Medical and sanitary report of the native army of Bengal for the year
Year: 1877
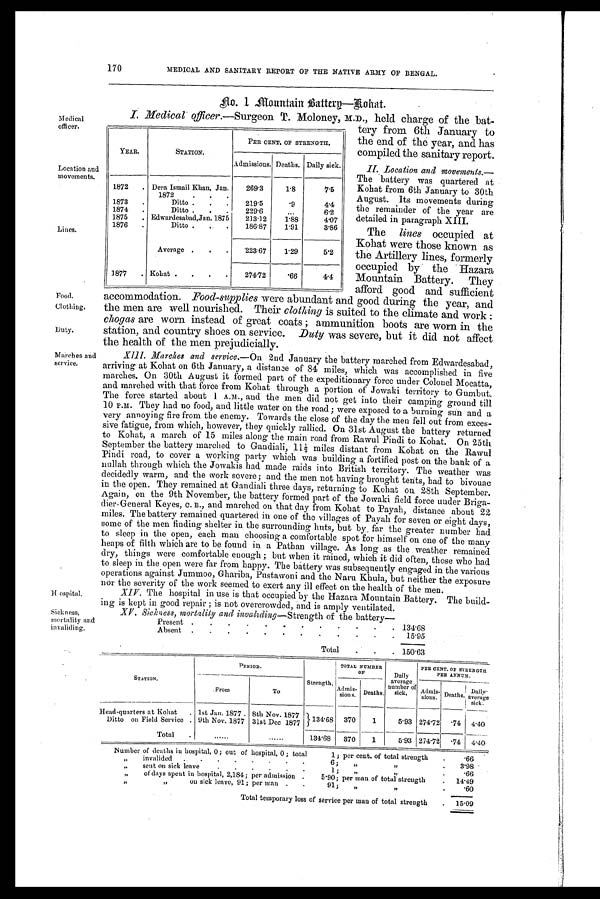
170
MEDICAL AND SANITARY REPORT OF THE NATIVE ARMY OF BENGAL.
Medical
officer.
Location and
movements.
Lines.
Food.
Clothing.
Duty.
March es and
service.
Hospital.
Sickness,
mortality am
No. 1 Mountain Battery—Kohat.
I. Medical officer. —Surgeon T. Moloney, M.D., held charge of the ba
ttery from 6th January to
the end of the year, and has
compiled the sanitary report.
II. Location and movements.—
The battery was quartered at
Kohat from 6th January to 30th
August. Its movements during
the remainder of the year are
detailed in paragraph XIII.
The lines occupied at
Kohat were those known as
the Artillery lines, formerly
occupied by the Hazara
Mountain Battery. They
afford good and sufficient
accommodation. Food-supplies were abundant and good during the year, and
the men are well nourished. Their clothing is suited to the climate and work :
chogas are worn instead of great coats ; ammunition boots are worn in the
station, and country shoes on service. Duty was severe, but it did not affect
the health of the men prejudicially.
XIII. Marches and service.—On 2nd January the battery marched from Edwardesabad,
arriving at Kohat on 6th January, a distance of 84 miles, which was accomplished in five
marches. On 30th August it formed part of the expeditionary force under Colonel Mocatta,
and marched with that force from Kohat through a portion of Jowaki territory to Gumbut.
The force started about 1 A.M., and the men did not get into their camping ground till
10 P.M. They had no food, and little water on the road; were exposed to a burning sun and a
very annoying fire from the enemy. Towards the close of the day the men fell out from exces-
sive fatigue, from which, however, they quickly rallied. On 31st August the battery returned
to Kohat, a march of 15 miles along the main road from Rawul Pindi to Kohat. 25th
September the battery marched to Gandiali, 11½ miles distant from Kohat on the Rawul
Pindi road, to cover a working party which was building a fortified post on the bank of a
nullah through which the Jowakis had made raids into British territory. The weather was
decidedly warm, and the work severe; and the men not having brought tents, had to bivouac
in the open. They remained at Gandiali three days, returning to Kohat 28th September.
Again, on the 9th November, the battery formed part of the Jowaki field force under Briga-
dier- General Keyes, C. B., and marched on that day from Kohat to Payah, distance about 22
miles. The battery remained quartered in one of the villages of Payah for seven or eight days,
some of the men finding shelter in the surrounding huts, but by, far the greater number had
to sleep in the open, each man choosing a comfortable spot for himself on one of the many
heaps of filth which are to be found in a Pathan village. As long as the weather remained
dry, things were comfortable enough ; but when it rained, which it did often, those who had
to sleep in the open were far from happy. The battery was subsequently engaged in the various
operations against Jummoo , Ghariba, Pustawoni and the Naru Khula, but neither the exposure
nor the severity of the work seemed to exert any ill effect on the health of the men.
XIV. The hospital in use is that occupied by the Hazara Mountain Battery. The build-
ing is kept in good repair ; is not overcrowded, and is amply ventilated.
XV . Sickness, mortality and invaliding—Strength of the battery—
Present .
.
.
.
.
.
.
.
.
.
.
.
. 134.68
Absent .
.
.
.
.
.
.
.
.
.
.
.
15.95
Total
.
.
. 150.63
STATION.
PERIOD.
Strength.
TOTAL NUMBER
OF
Daily
average .
number of
sick,
PER CENT. OF STRENGTH
PER ANNUM.
.From
To
A d m i s -
sions. Deaths,
Admis-
sions.
Deaths.
D a i l y a v e r a g e
sick.
Head-quarters at Kohat
. 1st Jan. 1877 . 8th Nov. 1877 1 134.68 370
1
5.93 274.72 .74 4.40
Ditto on Field Service . 9th Nov. 1877 31st Dec 1877
Total
.
......
......
134.68
370
1
5.93 274.72
74
4.40
Number of deaths in hospital, 0; out of hospital, 0 ; total
1; per cent. of total strength
.
66
„
invalided
..
.
.
.
.
.
.
.
6 ;
„
.
3.98
„
sent on sick leave
.
.
.
.
.
.
1;
„
.66
„
of days spent in hospital, 2,184; per admission .
5.90; per man of total strength
.
14.49
„
„
on sick leave, 91; per man .
.
91 91;
„
„
.
.60
Total temporary loss of service per man of total strength
.
15.09
YEAR.
STATION.
PER CENT. OE STRENGTH.
Admissions. Deaths. Daily sick.
1872
. Dera Ismail Khan, Jan.
269.3
1.8
7.5
1872
1873
.
Ditto .
.
.
219.5
. 9
4.4
1874
.
Ditto .
.
.
229.6
...
6.2
1875
. Edwardesabad, Jan. 1875
213.12
1.88
4.07
1876
.
Ditto .
.
186.87
1.91
3.86
Average .
.
.
223.67
1.29
5.2
187'7
. Kohat .
.
.
.
274.72
. 6 6
4.4